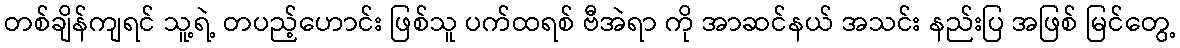
တစ်ချိန်ကျရင် သူ့ရဲ့ တပည့်ဟောင်း ဖြစ်သူ ပက်ထရစ် ဗီအဲရာ ကို အာဆင်နယ် အသင်း နည်းပြ အဖြစ် မြင်တွေ့